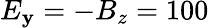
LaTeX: E_{\mathbf{y}}=-B_{z}=100